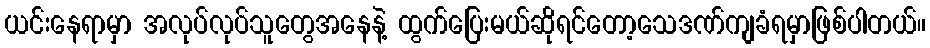
ယင်းနေရာမှာ အလုပ်လုပ်သူတွေအနေနဲ့ ထွက်ပြေးမယ်ဆိုရင်တော့သေဒဏ်ကျခံရမှာဖြစ်ပါတယ်။